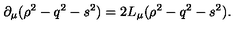
\partial _ { \mu } ( \rho ^ { 2 } - q ^ { 2 } - s ^ { 2 } ) = 2 L _ { \mu } ( \rho ^ { 2 } - q ^ { 2 } - s ^ { 2 } ) .